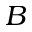
B